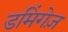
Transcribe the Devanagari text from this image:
डमिंगेज़